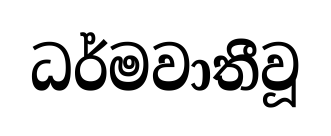
ධර්මවාතීවූ